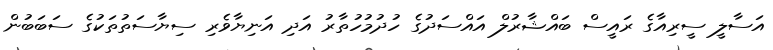
އަސާލީ ސީރިއާގެ ރައީސް ބައްޝާރުލް އައްސަދުގެ ހުދުމުހުތާރު އަދި އަނިޔާވެރި ސިޔާސަތުތަކުގެ ސަބަބުން